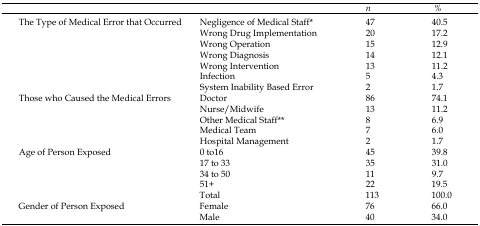
<table><thead><tr><td></td><td></td><td><b><i>n</i></b></td><td><b><i>%</i></b></td></tr></thead><tbody><tr><td rowspan="7">The Type of Medical Error that Occurred</td><td>Negligence of Medical Staff*</td><td>47</td><td>40.5</td></tr><tr><td>Wrong Drug Implementation</td><td>20</td><td>17.2</td></tr><tr><td>Wrong Operation</td><td>15</td><td>12.9</td></tr><tr><td>Wrong Diagnosis</td><td>14</td><td>12.1</td></tr><tr><td>Wrong Intervention</td><td>13</td><td>11.2</td></tr><tr><td>Infection</td><td>5</td><td>4.3</td></tr><tr><td>System Inability Based Error</td><td>2</td><td>1.7</td></tr><tr><td rowspan="5">Those who Caused the Medical Errors</td><td>Doctor</td><td>86</td><td>74.1</td></tr><tr><td>Nurse/Midwife</td><td>13</td><td>11.2</td></tr><tr><td>Other Medical Staff**</td><td>8</td><td>6.9</td></tr><tr><td>Medical Team</td><td>7</td><td>6.0</td></tr><tr><td>Hospital Management</td><td>2</td><td>1.7</td></tr><tr><td rowspan="5">Age of Person Exposed</td><td>0 to16</td><td>45</td><td>39.8</td></tr><tr><td>17 to 33</td><td>35</td><td>31.0</td></tr><tr><td>34 to 50</td><td>11</td><td>9.7</td></tr><tr><td>51+</td><td>22</td><td>19.5</td></tr><tr><td>Total</td><td>113</td><td>100.0</td></tr><tr><td rowspan="2">Gender of Person Exposed</td><td>Female</td><td>76</td><td>66.0</td></tr><tr><td>Male</td><td>40</td><td>34.0</td></tr></tbody></table>